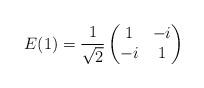
LaTeX: \begin{gather*}E(1) = \frac{1}{\sqrt{2}}\left(\begin{matrix}1 & -i\\-i & 1\end{matrix}\right)\end{gather*}